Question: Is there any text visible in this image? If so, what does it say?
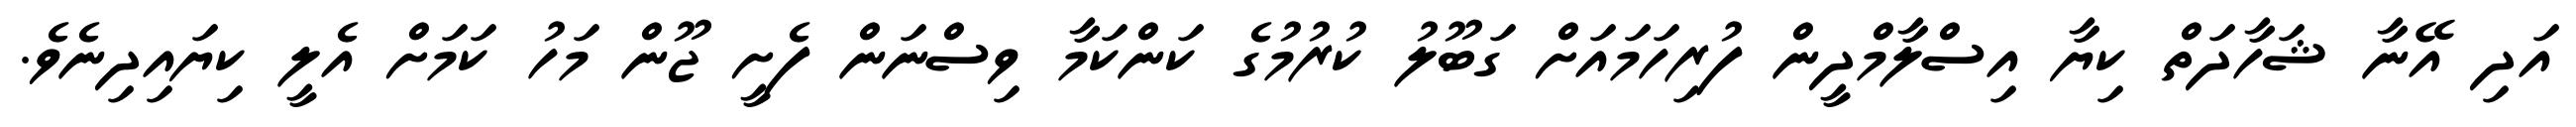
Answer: އަދި އޭނާ ޝަހާދަތް ކިޔާ އިސްލާމްދީން ފުރިހަމައަށް ގަބޫލު ކުރުމުގެ ކަންކަމާ ވިސްނަން ފެށީ ޖޫން މަހު ކަމަށް އެލީ ކިޔައިދިނެވެ.